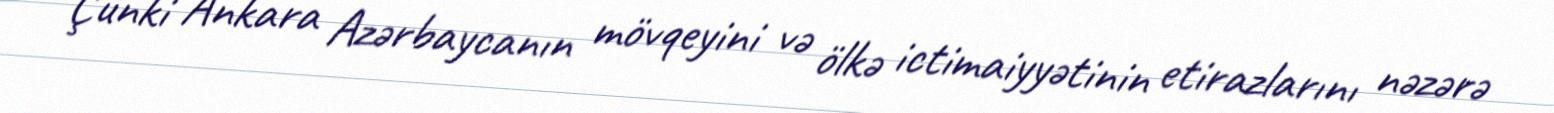
Çünki Ankara Azərbaycanın mövqeyini və ölkə ictimaiyyətinin etirazlarını nəzərə